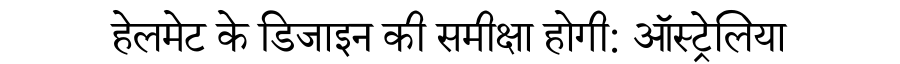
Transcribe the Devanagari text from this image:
हेलमेट के डिजाइन की समीक्षा होगी: ऑस्ट्रेलिया